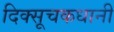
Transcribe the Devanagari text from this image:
दिक्सूचकधानी